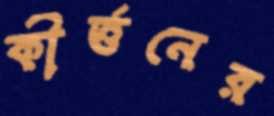
কীর্ত্তনের